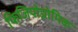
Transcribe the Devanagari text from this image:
फिजियोग्नोमिक